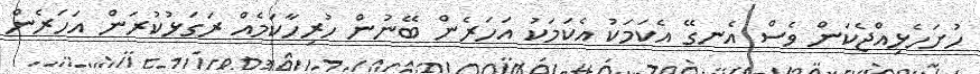
ހުށަހެޅިއްޖެކަން ވެސް އެނގޭ އެކަމަކު އެކަމަކު އަހަރެން ބޭނުން ހުރިހާކަމެއް ރަގަޅުކުރަން އަހަރެން